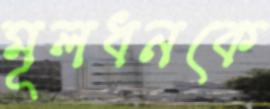
মূলধনকে